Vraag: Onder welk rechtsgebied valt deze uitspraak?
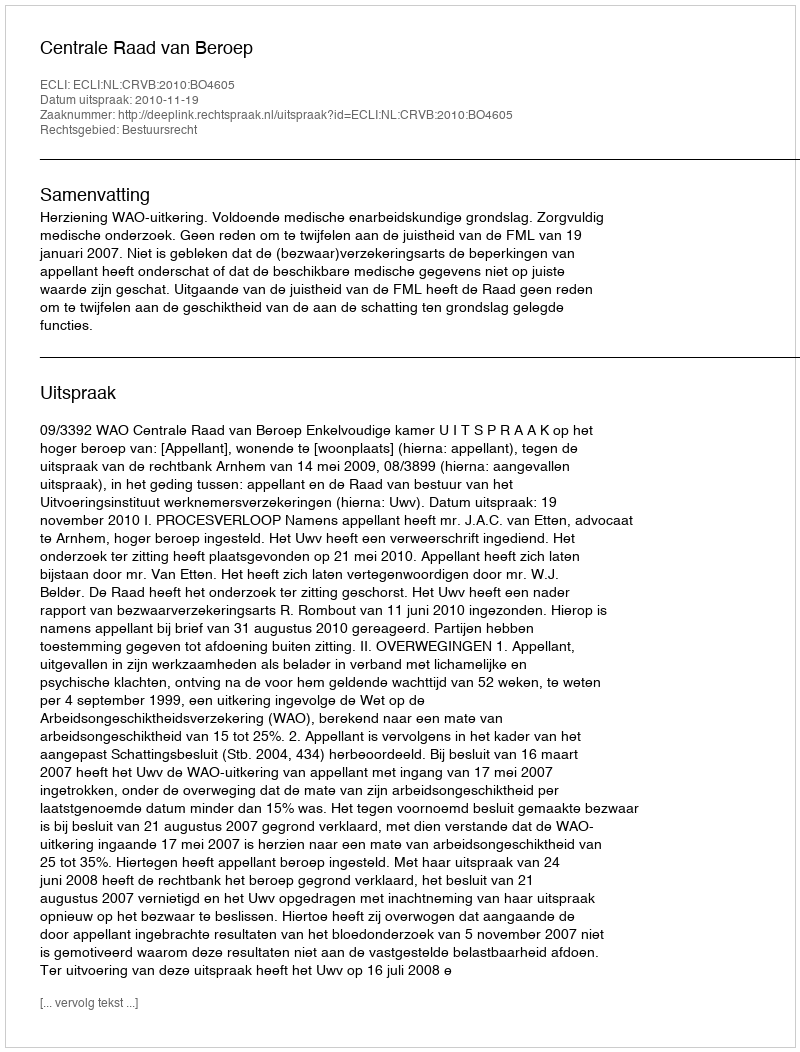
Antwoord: Bestuursrecht